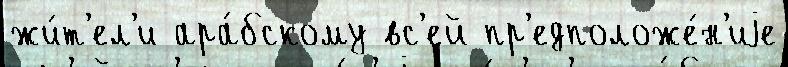
жи́т'ел'и ара́бскому вс'ей пр'едположе́н'иjе